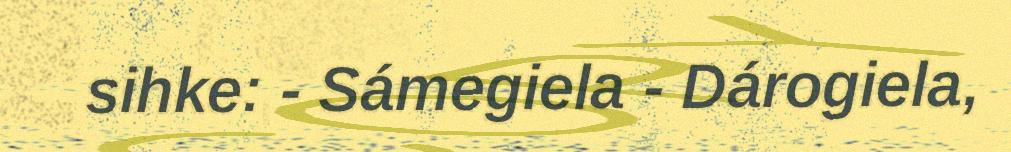
sihke: - Sámegiela - Dárogiela,